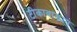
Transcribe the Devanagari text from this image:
टीकावाङ्मय